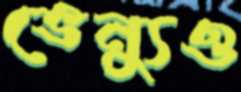
ভেন্যুও